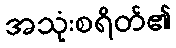
အသုံးစရိတ်၏